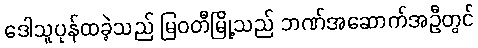
ဒေါသူပုန်ထခဲ့သည် မြဝတီမြို့သည် ဘဏ်အဆောက်အဦတွင်